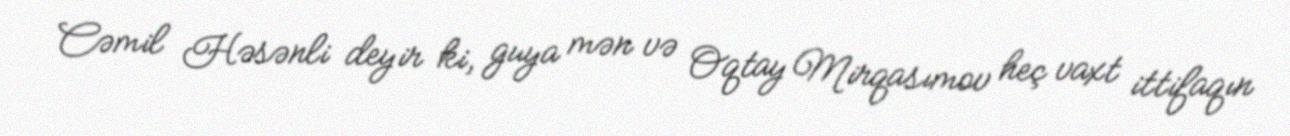
Cəmil Həsənli deyir ki, guya mən və Oqtay Mirqasımov heç vaxt ittifaqın